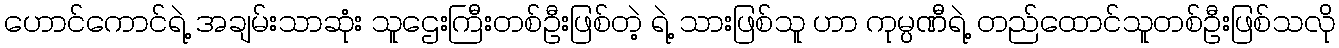
ဟောင်ကောင်ရဲ့ အချမ်းသာဆုံး သူဌေးကြီးတစ်ဦးဖြစ်တဲ့ ရဲ့ သားဖြစ်သူ ဟာ ကုမ္ပဏီရဲ့ တည်ထောင်သူတစ်ဦးဖြစ်သလို